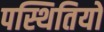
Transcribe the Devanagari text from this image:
पस्थितियों